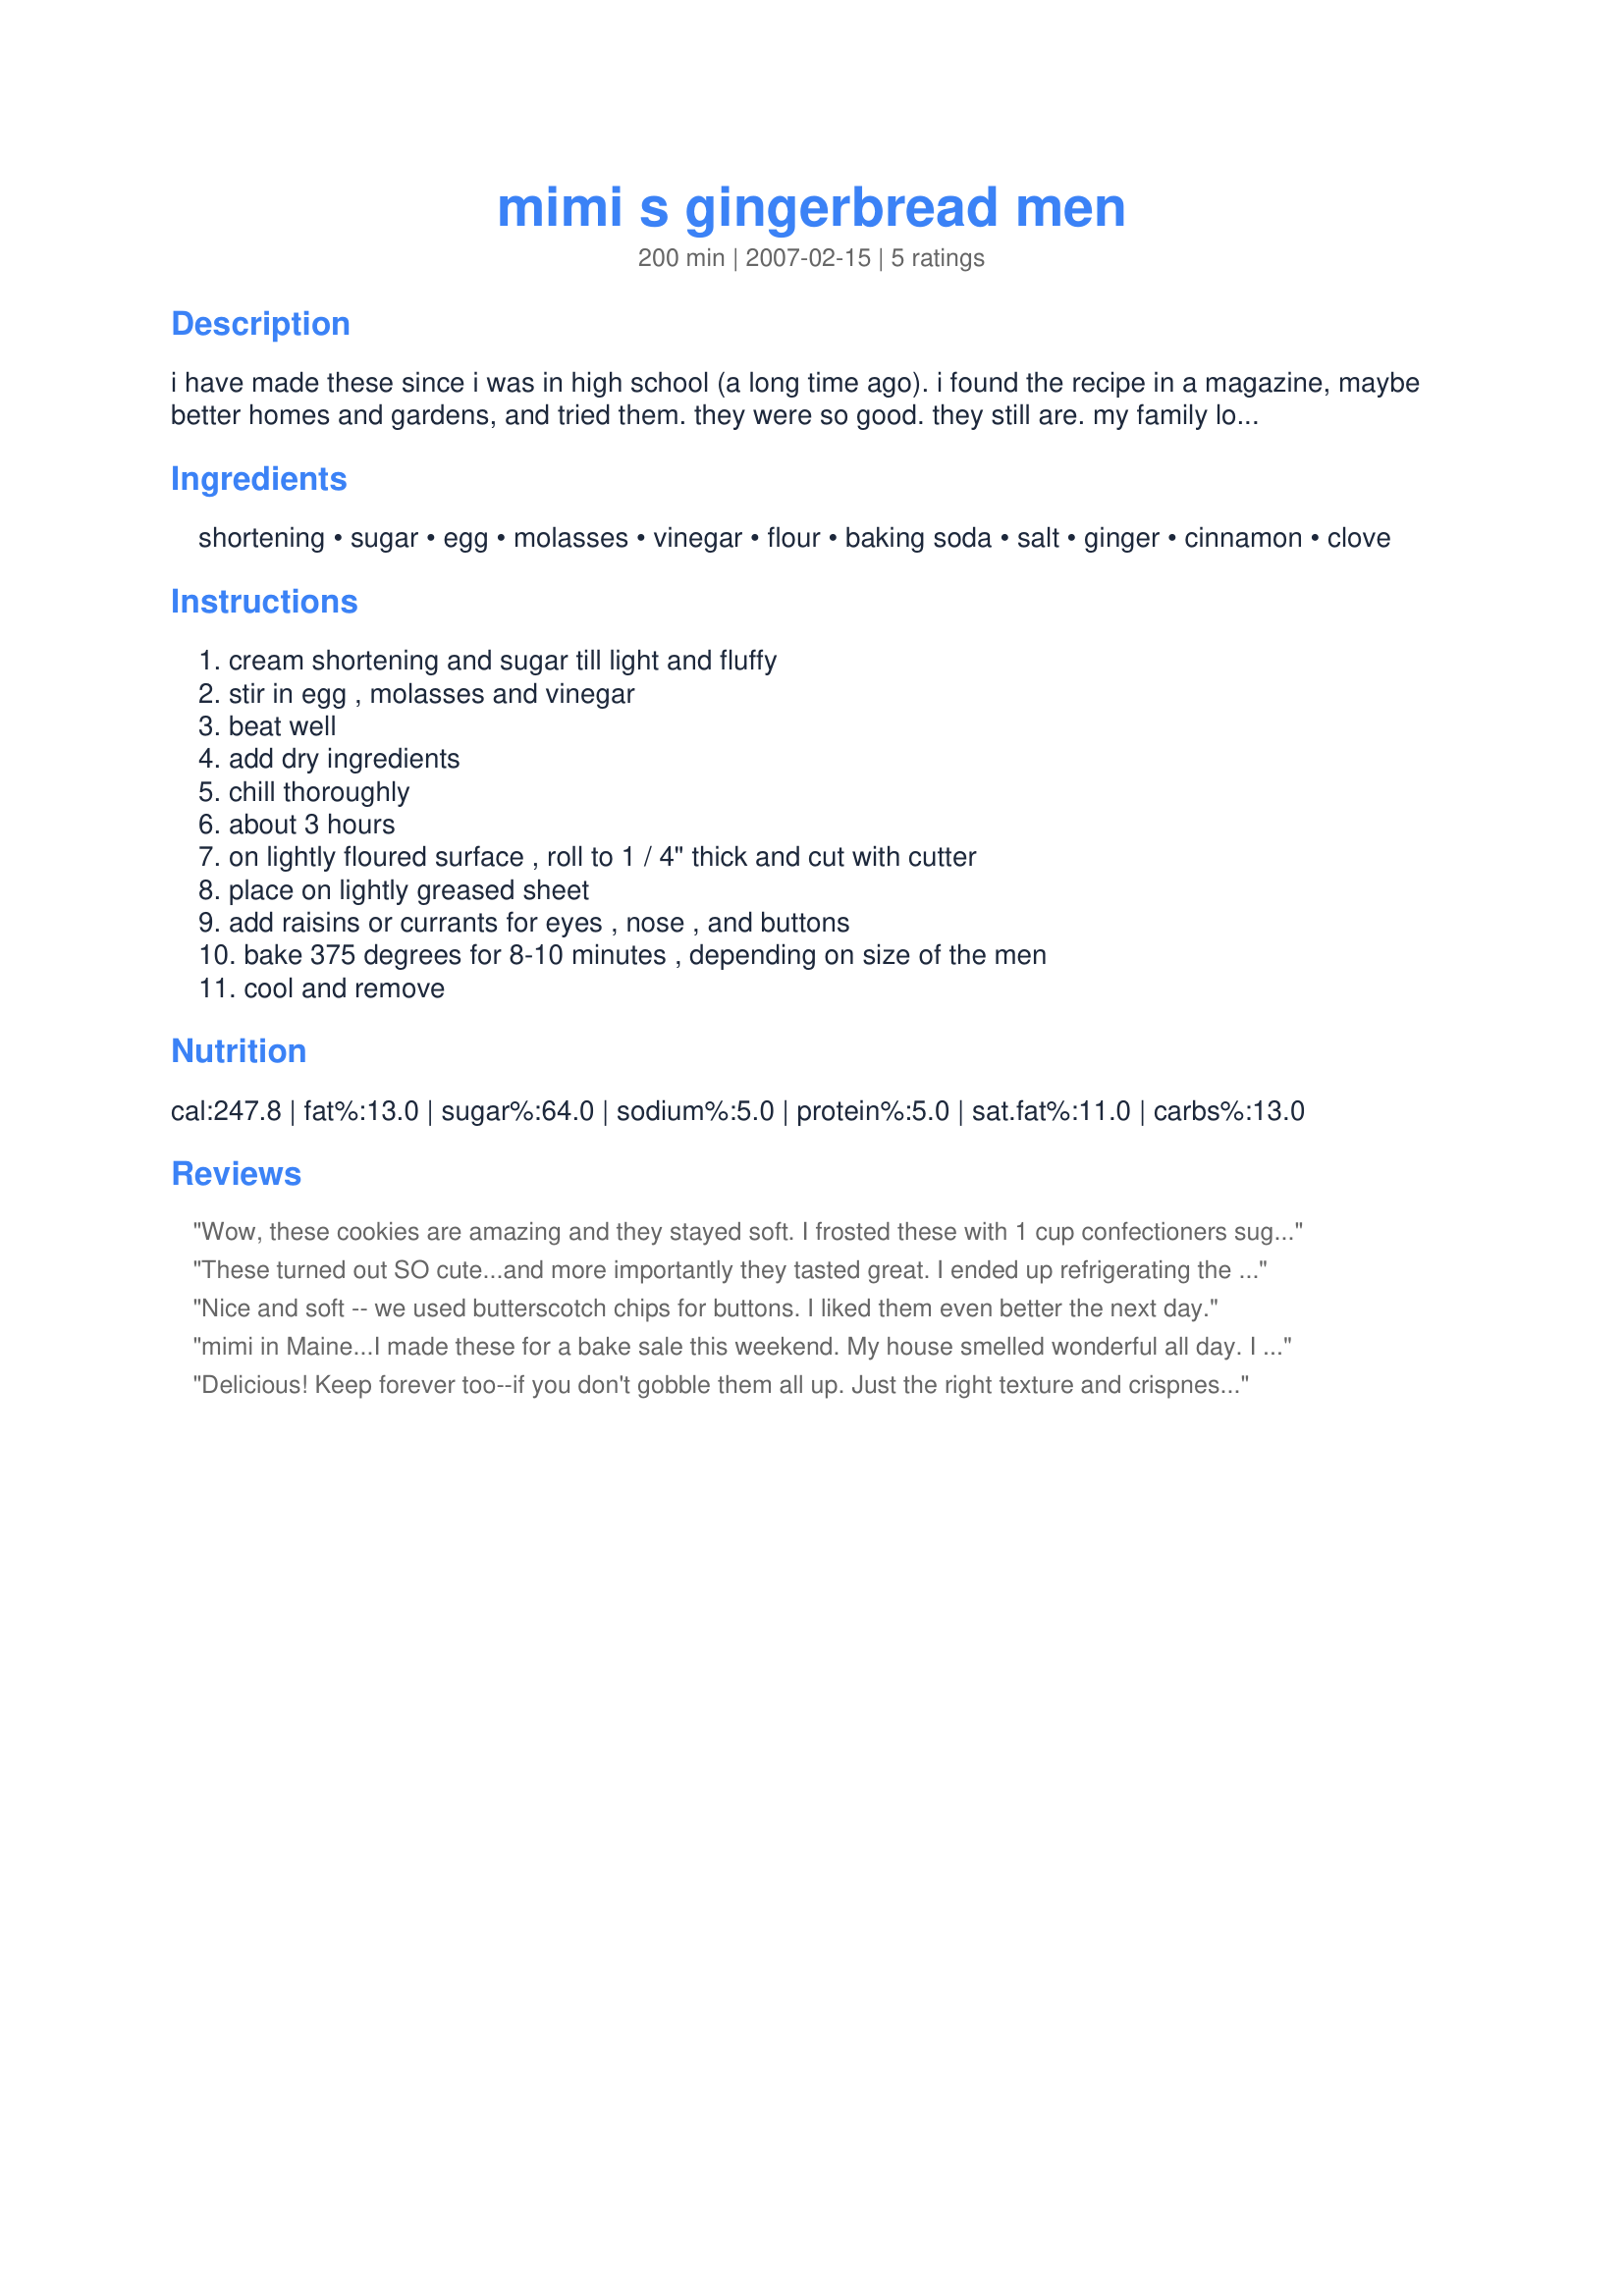
mimi s gingerbread men
Preparation time: 200 minutes

i have made these since i was in high school (a long time ago). i found the recipe in a magazine, maybe better homes and gardens, and tried them. they were so good. they still are. my family loves gingerbread men. if you don't roll these too thin and if you don't overbake them, they will be soft and wonderful. they have good flavor. one hint on the cutter--choose one that has sort of fat arms and legs and not one with spindly extremities because they will get crispy before the body is done. i like soft "gingies". another cutter that i use is a teddy bear. then i call them "ginger bears".

Ingredients:
shortening, sugar, egg, molasses, vinegar, flour, baking soda, salt, ginger, cinnamon, clove

Steps:
cream shortening and sugar till light and fluffy, stir in egg , molasses and vinegar, beat well, add dry ingredients, chill thoroughly, about 3 hours, on lightly floured surface , roll to 1 / 4" thick and cut with cutter, place on lightly greased sheet, add raisins or currants for eyes , nose , and buttons, bake 375 degrees for 8-10 minutes , depending on size of the men, cool and remove

Reviews:
Wow, these cookies are amazing and they stayed soft. I frosted these with 1 cup confectioners sugar with a bit of hot water (maybe 1 tbsp) and 1/4 tsp. vanilla added. All of my coworkers loved them and I made them vegan by using 1/4 cup applesauce instead of the egg, decorated with chocolate chips, dried cranberries and raisins. I also made these with 1/2 cup molasses and 1/2 cup golden syrup instead of 1 cup molasses. I cooked mine about 7 minutes at 375 degrees F and they were perfect. Thanks for sharing this recipe they were yummy!!!! :)
These turned out SO cute...and more importantly they tasted great. I ended up refrigerating the dough overnight because of time constraints and was a little worried that it would be too dry and hard, but after a few minutes out of the fridge it rolled out well. Thanks
Nice and soft -- we used butterscotch chips for buttons. I liked them even better the next day.
mimi in Maine...I made these for a bake sale this weekend. My house smelled wonderful all day. I used a smaller man cookie cutter and a flower shaped cutter. My oven cooks high so I had to reduce the temp to about 330 and cooked for about 7 minutes, again that is my oven's problem. The dough was wonderful to work with, I chilled it for close to 3 hours. I had no problems rolling it or rerolling it. I problably have close to 5 dozen cookies to sell tomorrow. Thank you, its definately a keeper in my books..my daughter has requested them for her Christmas party already.
Delicious! Keep forever too--if you don't gobble them all up. Just the right texture and crispness level. Thanks for posting!
